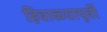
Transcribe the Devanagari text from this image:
हिवाळ्यापूर्वी